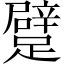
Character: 躄